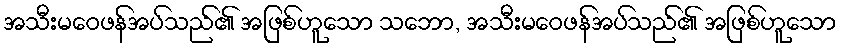
အသီးမဝေဖန်အပ်သည်၏ အဖြစ်ဟူသော သဘော, အသီးမဝေဖန်အပ်သည်၏ အဖြစ်ဟူသော